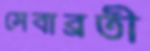
সেবাব্রতী